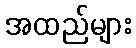
အထည်များ